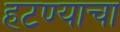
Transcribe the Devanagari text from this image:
हटण्याचा